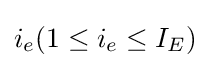
i_{e}(1\leq i_{e}\leq I_{E})